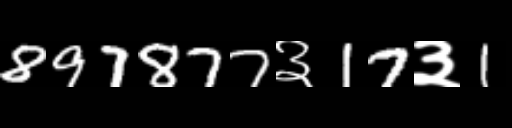
Text: 897877३17३1